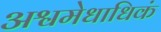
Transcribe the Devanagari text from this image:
अश्वमेधाधिकं